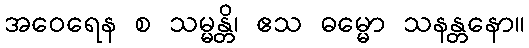
အဝေရေန စ သမ္မန္တိ၊ ဧသ ဓမ္မော သနန္တနော။